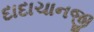
દાદાચાનજી